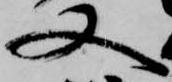
又